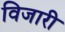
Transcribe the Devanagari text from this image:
विजारी